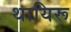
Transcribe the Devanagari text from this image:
थायिरू